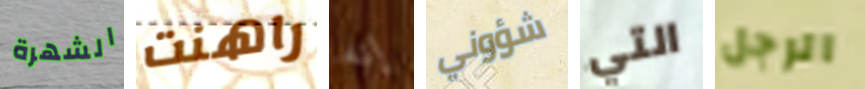
الشهرة راهنت إنه شؤوني التي الرجل